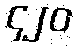
၄၂၀